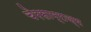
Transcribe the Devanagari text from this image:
चेरसाम्राज्य